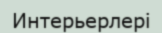
Интерьерлері